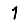
Digit: 1